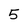
Character: 5